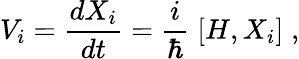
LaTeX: V_{i}=\frac{dX_{i}}{dt}=\frac{i}{\hbar}\; {[}H,X_{i}{]}\; ,